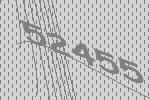
52455